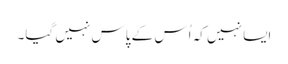
ایسا نہیں کہ اُس کے پاس نہیں گیا۔